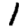
Digit: 1